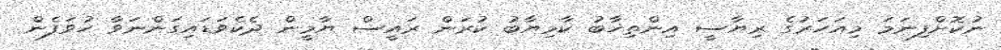
ނުކޮށްފިނަމަ މިއަހަރުގެ ރިޔާސީ އިންތިޚާބު ކާމިޔާބު ކުރަން ރައީސް ޔާމީން ދެކެވަޑައިގަންނަވާ ހުވަފެން